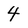
Character: 4